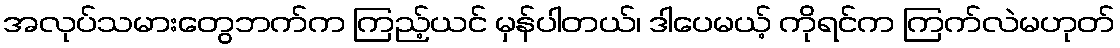
အလုပ်သမားတွေဘက်က ကြည့်ယင် မှန်ပါတယ်၊ ဒါပေမယ့် ကိုရင်က ကြက်လဲမဟုတ်